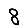
Digit: 8